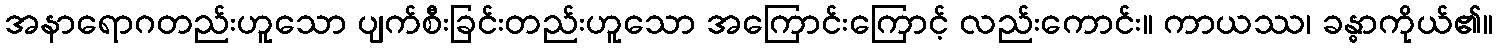
အနာရောဂတည်းဟူသော ပျက်စီးခြင်းတည်းဟူသော အကြောင်းကြောင့် လည်းကောင်း။ ကာယဿ၊ ခန္ဓာကိုယ်၏။